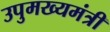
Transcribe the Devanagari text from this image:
उपुमख्यमंत्री